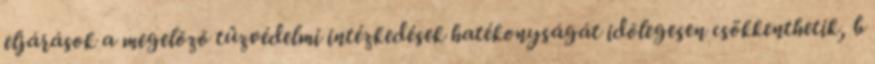
eljárások a megelõzõ tûzvédelmi intézkedések hatékonyságát idõlegesen csökkenthetik, b